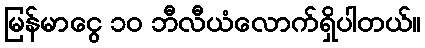
မြန်မာငွေ ၁၀ ဘီလီယံလောက်ရှိပါတယ်။